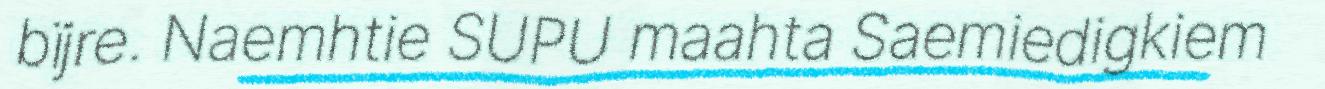
bïjre. Naemhtie SUPU maahta Saemiedigkiem